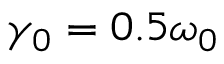
\gamma _ { 0 } = 0 . 5 \omega _ { 0 }